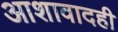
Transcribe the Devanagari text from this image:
आशावादही